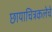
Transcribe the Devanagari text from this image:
छायाचित्रकलेचे